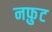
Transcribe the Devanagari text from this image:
नफ़ुट